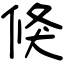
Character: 倏